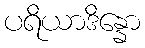
ပရိယာဒိန္နော